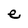
Character: e